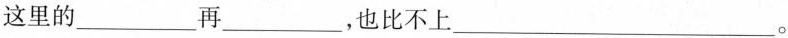
这里的___再___，也比不上___。